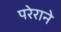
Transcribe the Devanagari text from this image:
परेराने